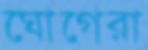
ঘোগেরা